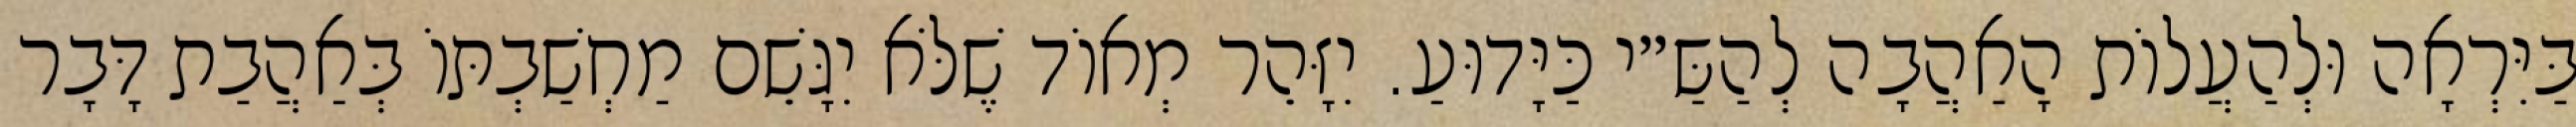
בַּיִּרְאָה וּלְהַעֲלוֹת הָאַהֲבָה לְהַשַּ״י כַּיָּדוּעַ. יִזָּהֵר מְאוֹד שֶׁלֹּא יִגָּשֵׁם מַחְשַׁבְתּוֹ בְּאַהֲבַת דָּבָר